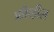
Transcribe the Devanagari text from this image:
फ्रीव्हील